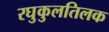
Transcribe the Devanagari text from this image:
रघुकुलतिलक